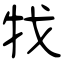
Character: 牫